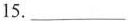
15.___